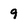
Character: 9